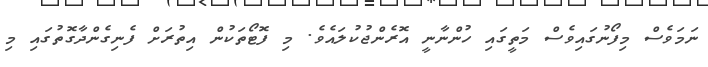
ނަމަވެސް މިފޯނުގައިވެސް މަތީގައި ހުންނާނީ އޮރެންޖުކުލައެވެ. މި ފޮޓޯތަކުން އިތުރަށް ފެނިގެންދާގޮތުގައި މި